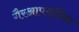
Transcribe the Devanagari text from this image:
गैरआपराधिक